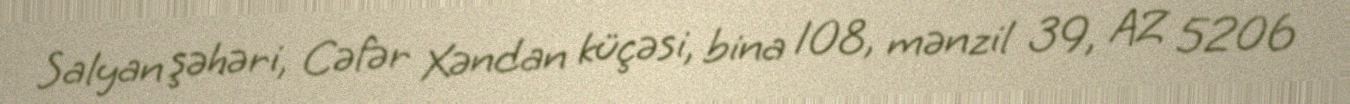
Salyan şəhəri, Cəfər Xəndan küçəsi, bina 108, mənzil 39, AZ 5206